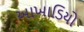
આખાડિયો